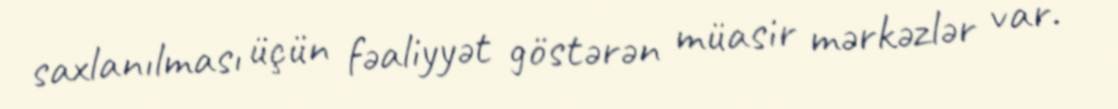
saxlanılması üçün fəaliyyət göstərən müasir mərkəzlər var.